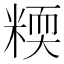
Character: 𥻟